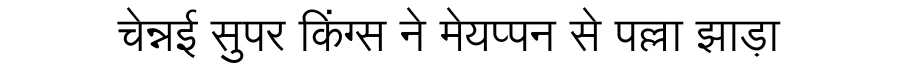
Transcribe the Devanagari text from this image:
चेन्नई सुपर किंग्स ने मेयप्पन से पल्ला झाड़ा